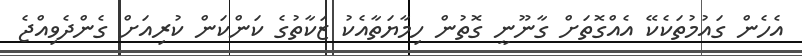
އެހެން ގައުމުތަކެކޭ އެއްގޮތަށް ގާނޫނީ ގޮތުން ހިމާޔަތާއެކު ޒަކާތުގެ ކަންކަން ކުރިއަށް ގެންދެވިއްޖެ